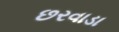
છરવાડા